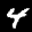
Label: 4